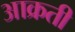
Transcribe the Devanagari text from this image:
आक्रती